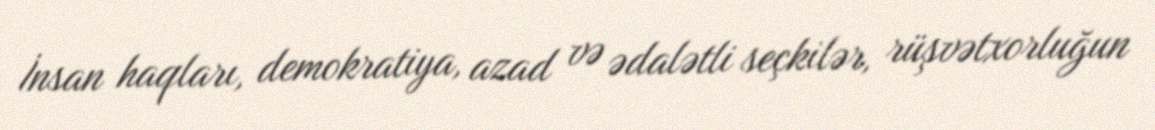
İnsan haqları, demokratiya, azad və ədalətli seçkilər, rüşvətxorluğun